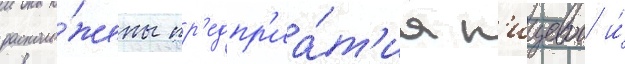
располо́жены пр'едпр'иа́т'иа п'ищевои и́